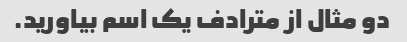
دو مثال از مترادف یک اسم بیاورید.